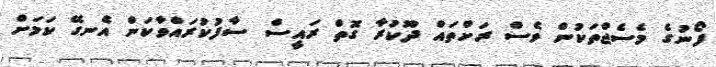
ފޯނުގެ މެސެޖްތަކުން ވެސް ރަށްތައް ދޫކުރާ ގޮތް ރައީސް ސާފުކުރައްވާކަން އެނގޭ ކަމަށް